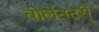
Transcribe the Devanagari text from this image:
वोलेनटरी